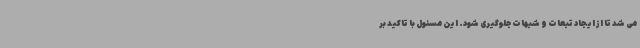
می شد تا از ایجاد تبعات و شبهات جلوگیری شود. این مسئول با تاکید بر